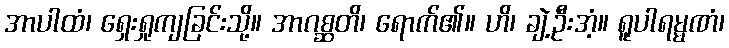
အာပါထံ၊ ရှေးရှုကျခြင်းသို့။ အာဂစ္ဆတိ၊ ရောက်၏။ ဟိ၊ ချဲ့ဦးအံ့။ ရူပါရမ္မဏံ၊